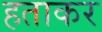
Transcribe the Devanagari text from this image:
हताकर